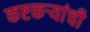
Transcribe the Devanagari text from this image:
कष्टकऱ्यांची